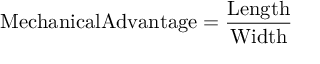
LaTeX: \mathrm { { M e c h a n i c a l A d v a n t a g e = { \frac { L e n g t h } { W i d t h } } } }